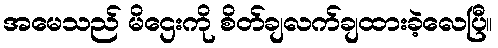
အမေသည် မိဌေးကို စိတ်ချလက်ချထားခဲ့လေပြီ။